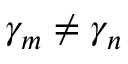
\gamma _ { m } \neq \gamma _ { n }